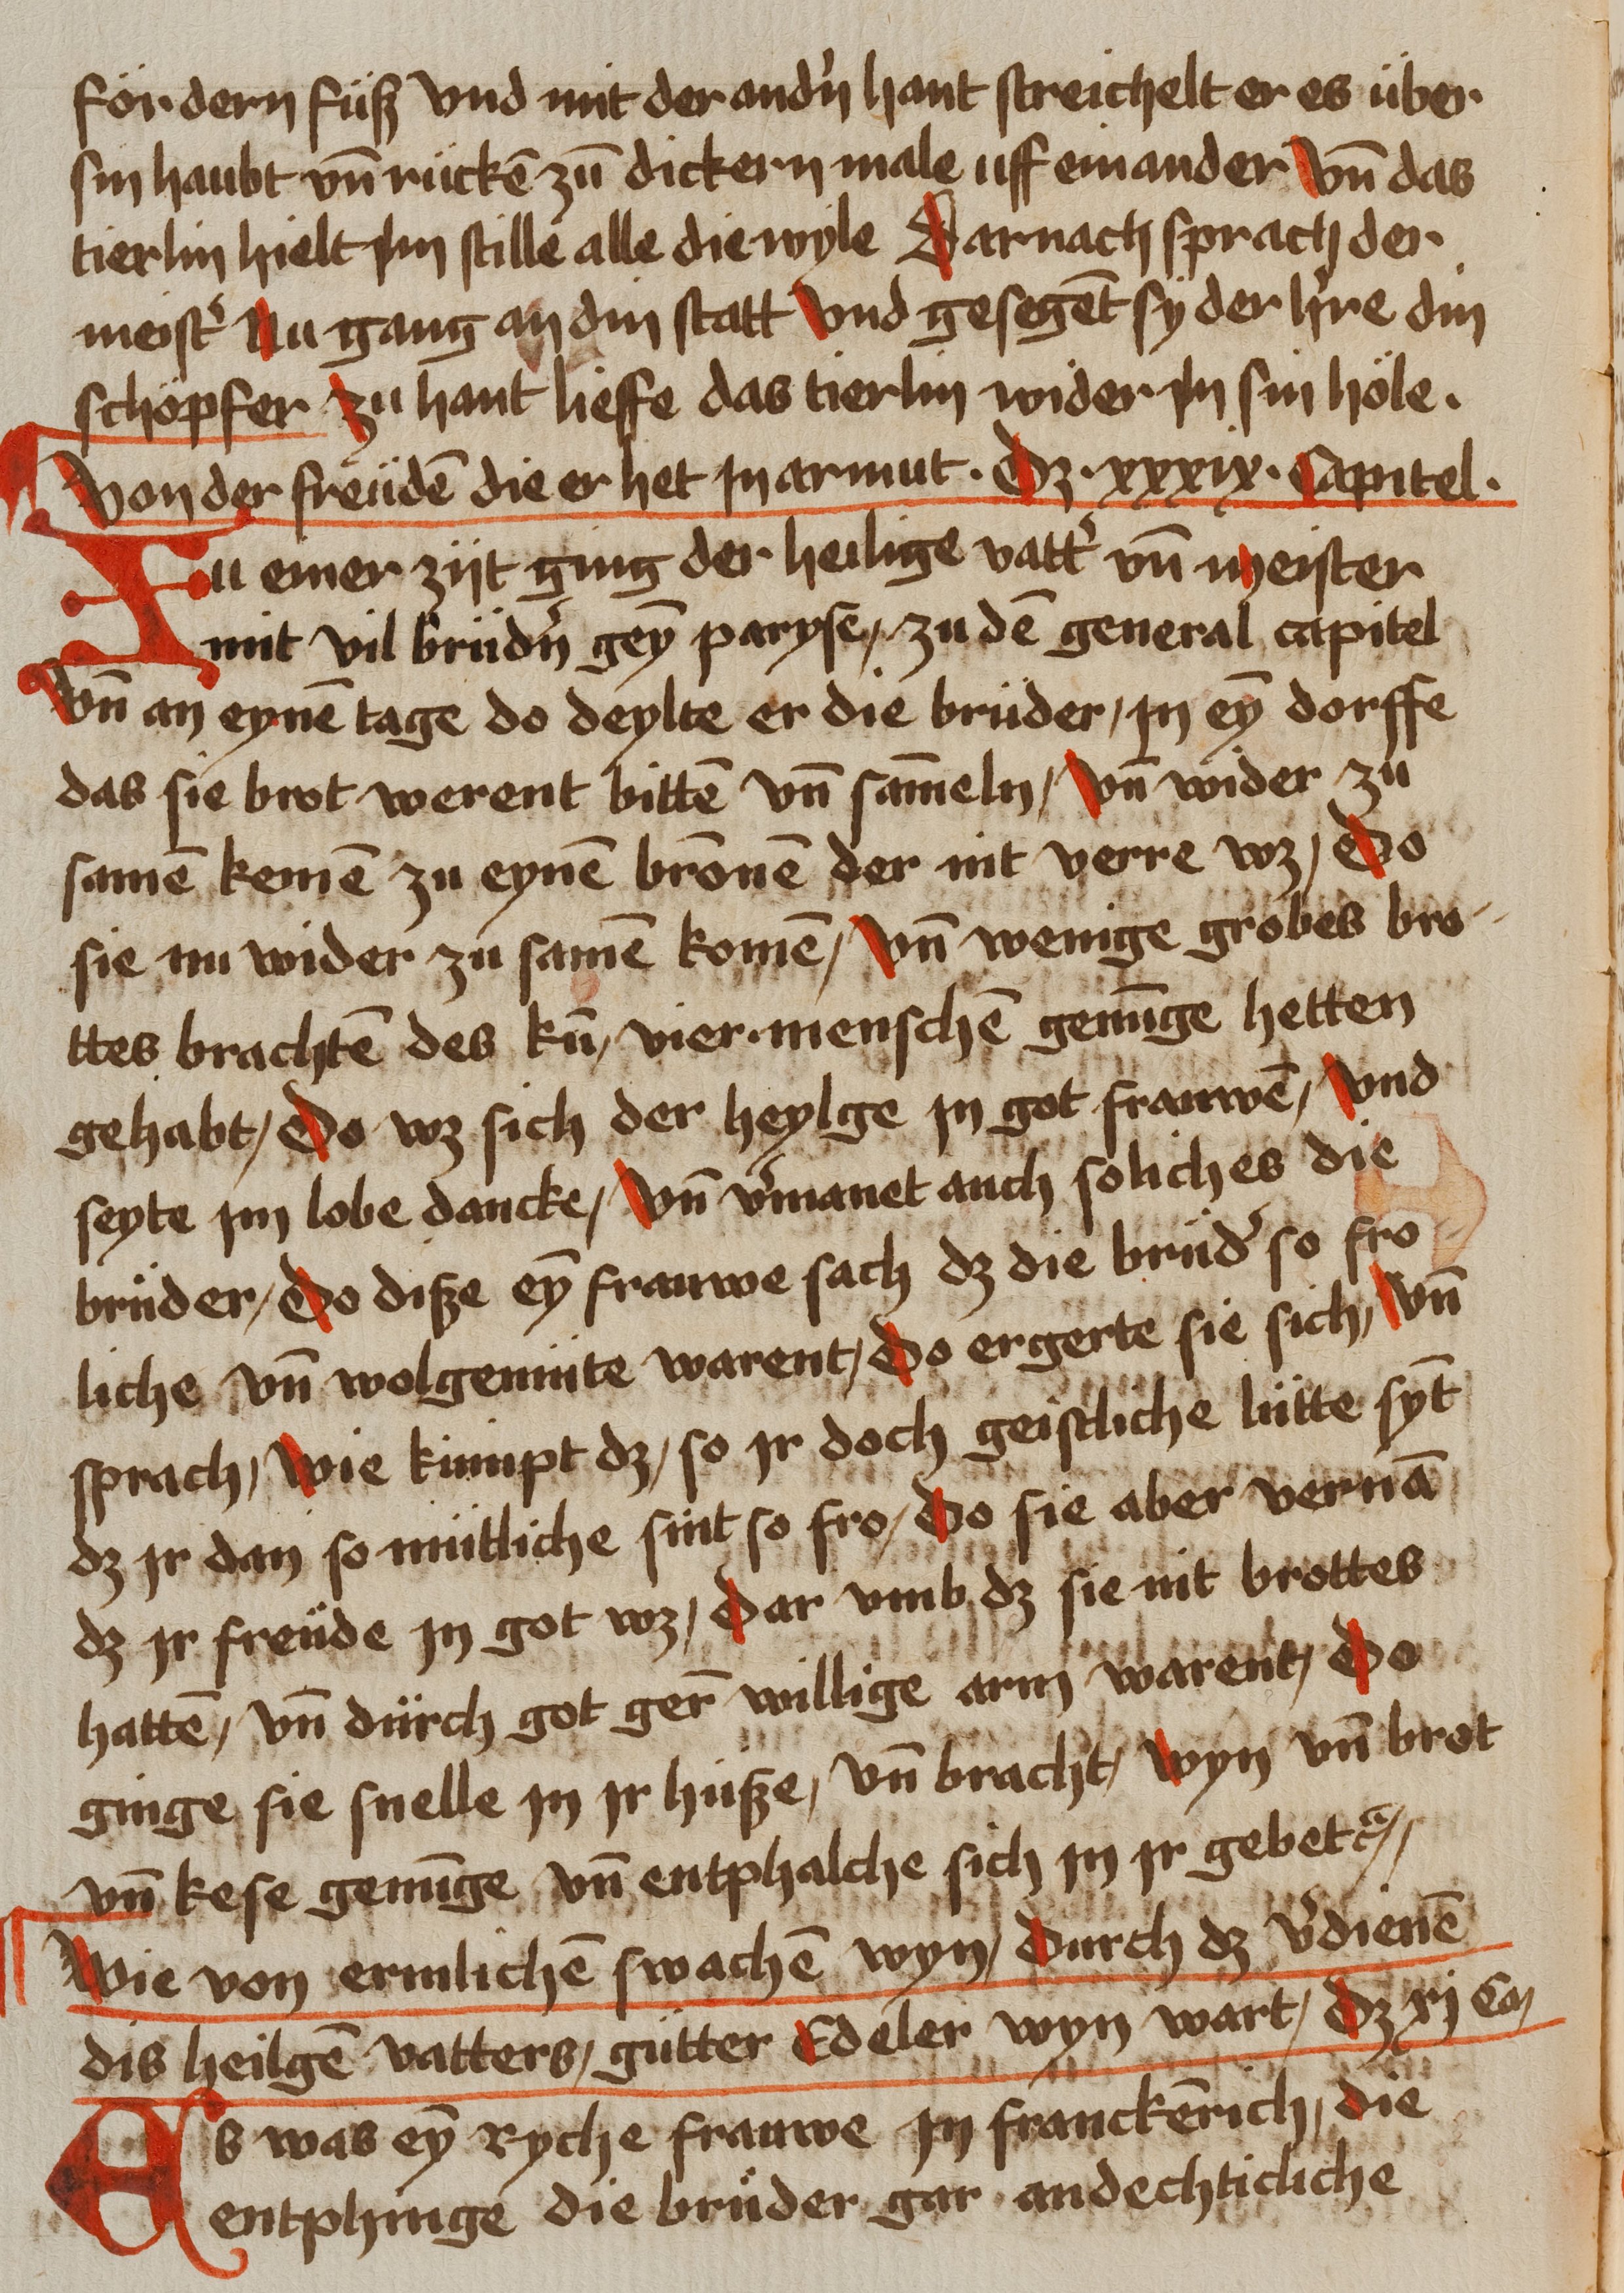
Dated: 1459–1489